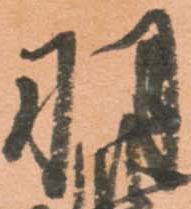
羽